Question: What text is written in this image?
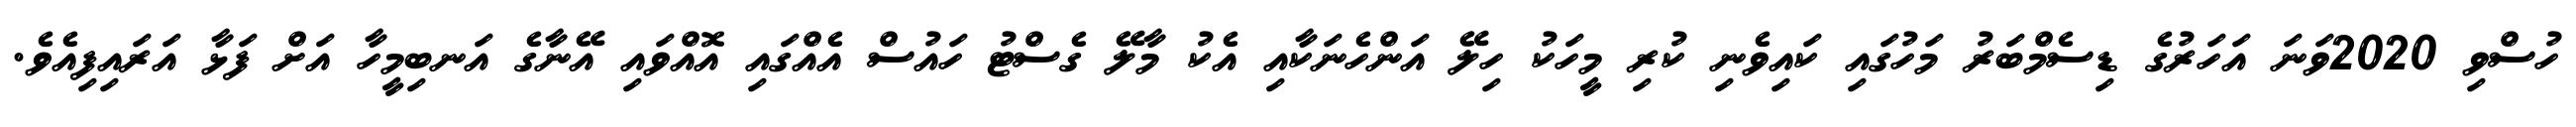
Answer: ހުސްވި 2020ވަނަ އަހަރުގެ ޑިސެމްބަރު މަހުގައި ކައިވެނި ކުރި މީހަކު ހިލޭ އަންހެނަކާއި އެކު މާލޭ ގެސްޓު ހައުސް އެއްގައި އޮއްވައި އޭނާގެ އަނބިމީހާ އަށް ފަޅާ އަރައިފިއެވެ.